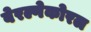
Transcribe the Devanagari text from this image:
बेरल्गेकोरल